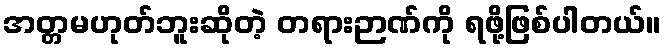
အတ္တမဟုတ်ဘူးဆိုတဲ့ တရားဉာဏ်ကို ရဖို့ဖြစ်ပါတယ်။